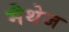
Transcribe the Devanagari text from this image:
मैथेज